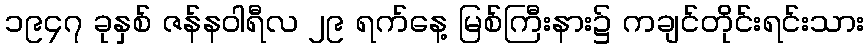
၁၉၄၇ ခုနှစ် ဇန်နဝါရီလ ၂၉ ရက်နေ့ မြစ်ကြီးနား၌ ကချင်တိုင်းရင်းသား